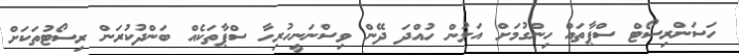
ހަސަންރިސޯޓް ސްޕާތައް ހިންގުމަށް އަލުން ހުއްދަ ދޭން ވިސްނަނީހުރިހާ ސްޕާތަކެއް ބަންދުކުރަން ރިސޯޓުތަކަށް